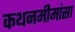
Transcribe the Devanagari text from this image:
कथनमीमांसा